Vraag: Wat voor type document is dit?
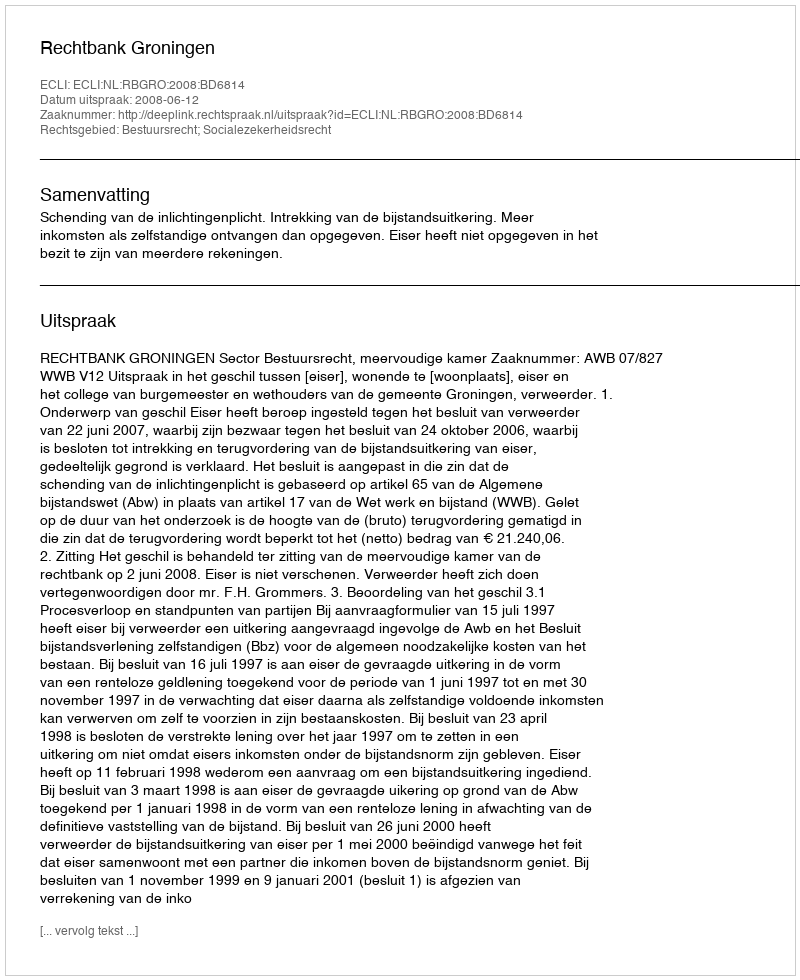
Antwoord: Uitspraak